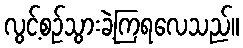
လွင့်စဉ်သွားခဲ့ကြရလေသည်။